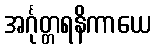
အင်္ဂုတ္တရနိကာယေ